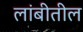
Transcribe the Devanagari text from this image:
लांबीतील